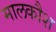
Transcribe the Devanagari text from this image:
मालकौश